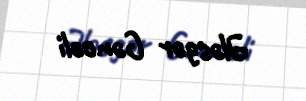
Ələsgər Gəncəli